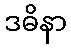
ဒဓိနာ